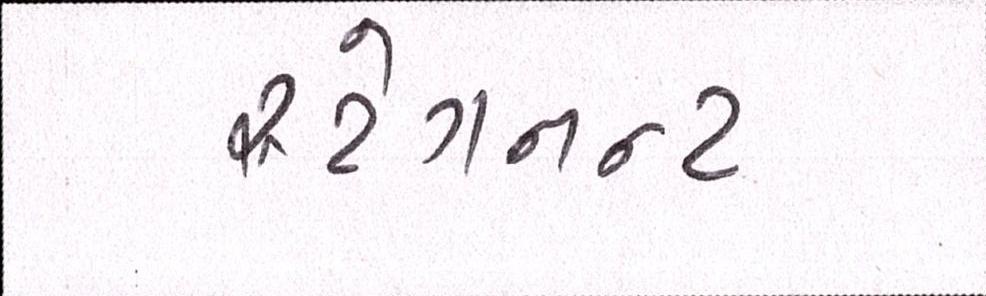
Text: સ્ટેગનન્ટ